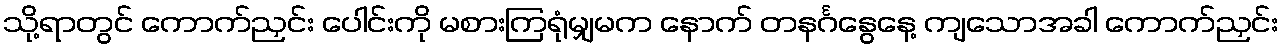
သို့ရာတွင် ကောက်ညှင်း ပေါင်းကို မစားကြရုံမျှမက နောက် တနင်္ဂနွေနေ့ ကျသောအခါ ကောက်ညှင်း